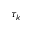
\tau _ { k }